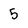
Character: 5